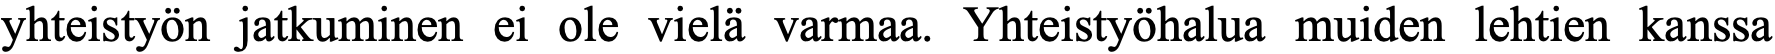
yhteistyön jatkuminen ei ole vielä varmaa. Yhteistyöhalua muiden lehtien kanssa